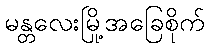
မန္တလေးမြို့အခြေစိုက်